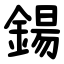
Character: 鍚